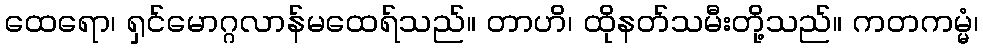
ထေရော၊ ရှင်မောဂ္ဂလာန်မထေရ်သည်။ တာဟိ၊ ထိုနတ်သမီးတို့သည်။ ကတကမ္မံ၊